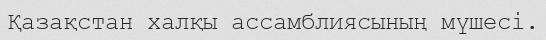
Қазақстан халқы ассамблиясының мүшесі.